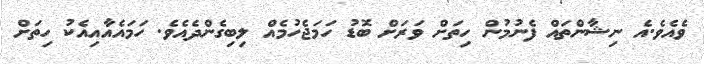
ވެއެވެ.އެ ނިޝާންތައް ފެނުމުން ހިތަށް ވަރަށް ބޮޑު ހަމަޖެހުމެއް ލިބިގެންދެއެވެ. ހަމައެއާއިއެކު ހިތަށް